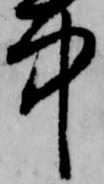
中